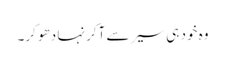
وہ خود ہی سیر سے آکر نہا دھو کر۔